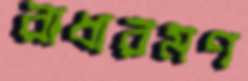
রাধারমণ